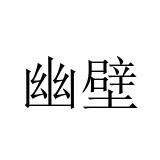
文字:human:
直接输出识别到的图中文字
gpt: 幽壁